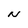
Character: N